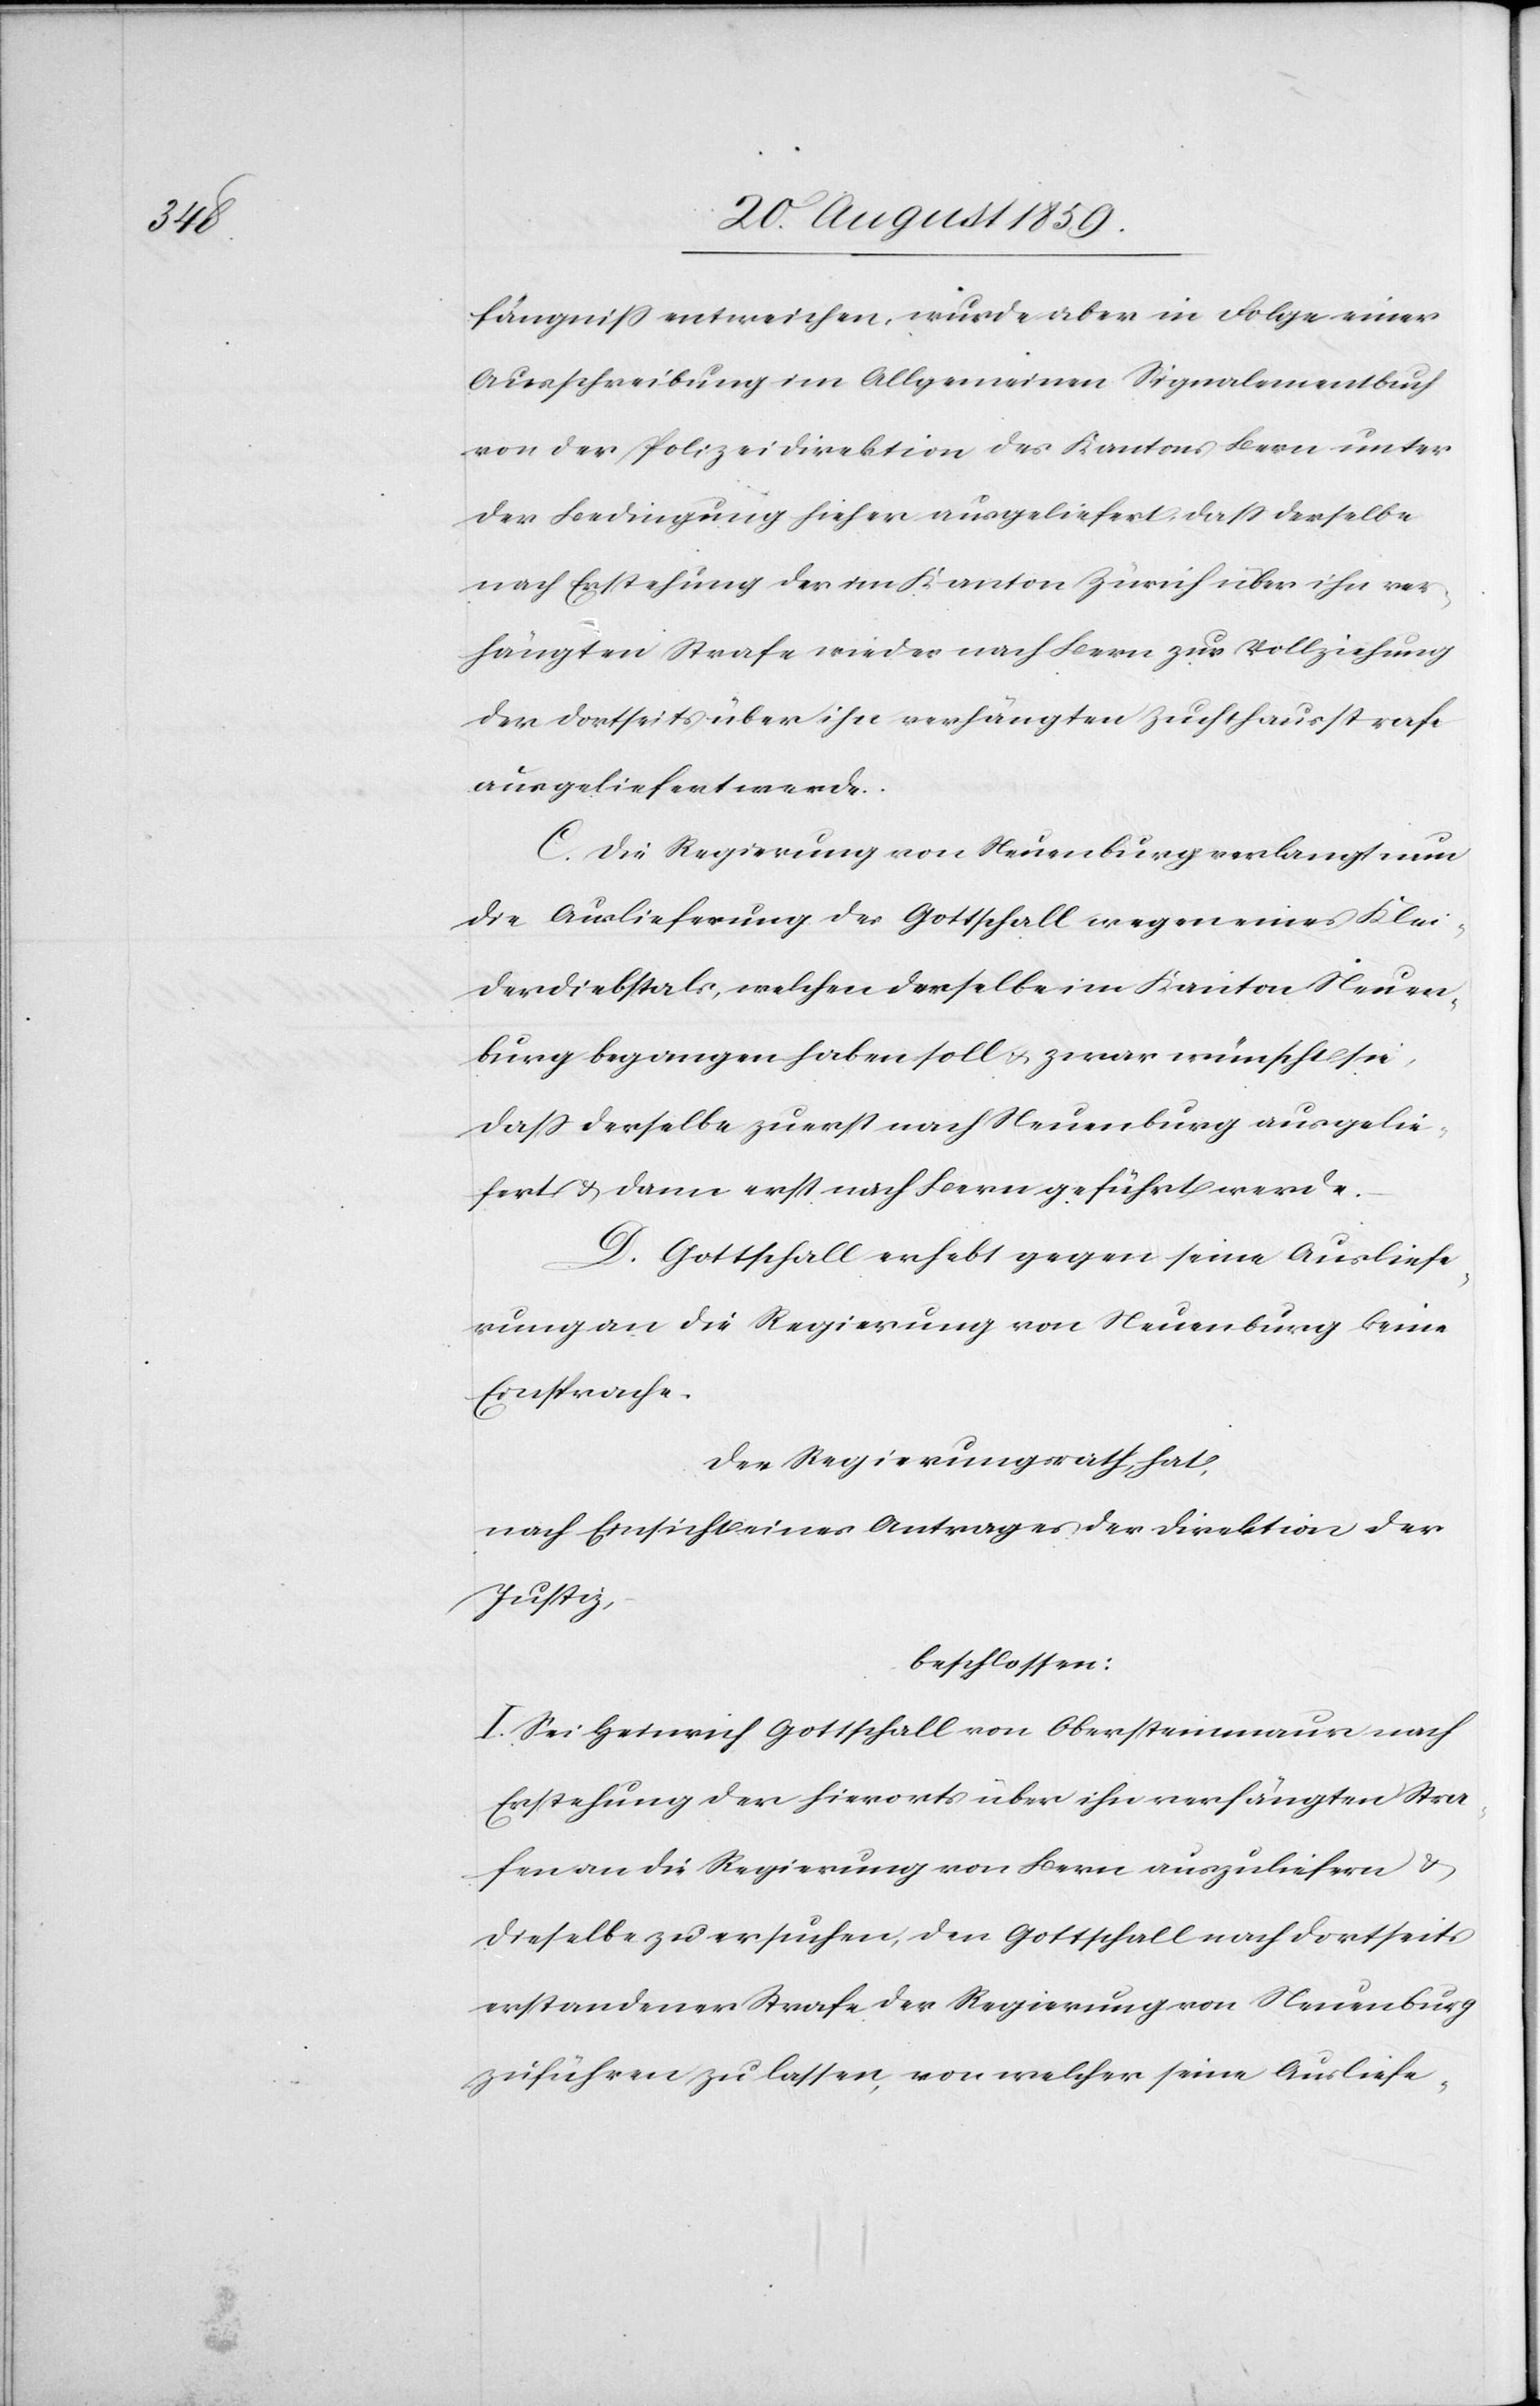
fängniß entweichen, wurde aber in Folge einer
Ausschreibung im Allgemeinen Signalementbuch
von der Polizeidirektion des Kantons Bern unter
der Bedingung hieher ausgeliefert, daß derselbe
nach Erstehung der im Kanton Zürich über ihn ver¬
hängten Strafe wieder nach Bern zur Vollziehung
der dortseits über ihn verhängten Zuchthausstrafe
ausgeliefert werde.
C. Die Regierung von Neuenburg verlangt nun
die Auslieferung des Gottschall wegen eines Klei¬
derdiebstahls, welchen derselbe im Kanton Neuen¬
burg begangen haben soll u. zwar wünscht sie,
daß derselbe zuerst nach Neuenburg ausgelie¬
fert u. dann erst nach Bern geführt werde.
D. Gottschall erhebt gegen seine Ausliefe¬
rung an die Regierung von Neuenburg keine
Einsprache.
Der Regierungsrath hat,
nach Einsicht eines Antrages der Direktion der
Justiz,
beschlossen:
I. Sei Heinrich Gottschall von Obersteinmaur nach
Erstehung der hierorts über ihn verhängten Stra¬
fen an die Regierung von Bern auszuliefern u.
dieselbe zu ersuchen, den Gottschall nach dortseits
erstandener Strafe der Regierung von Neuenburg
zuführen zu lassen, von welcher seine Ausliefe-